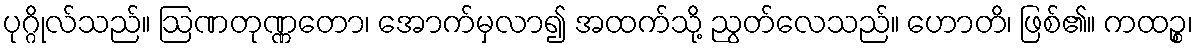
ပုဂ္ဂိုလ်သည်။ ဩဏတုဏ္ဏတော၊ အောက်မှလာ၍ အထက်သို့ ညွတ်လေသည်။ ဟောတိ၊ ဖြစ်၏။ ကထဉ္စ၊